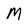
Character: M